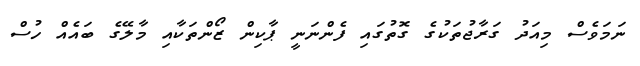
ނަމަވެސް މިއަދު ގަރާޖުތަކުގެ ގޮތުގައި ފެންނަނީ ޕާކިން ޒޯންތަކާއި މާލޭގެ ބައެއް ހުސް